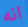
انه